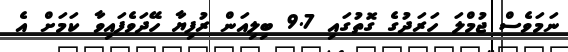
ނަމަވެސް ޖުމްލަ ހަރަދުގެ ގޮތުގައި 9.7 ބިލިއަން ރުފިޔާ ހޭދަވެފައިވާ ކަމަށް އެ